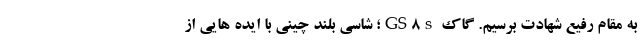
به مقام رفیع شهادت برسیم. گاک GS8s؛ شاسی بلند چینی با ایده هایی از